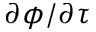
\partial \phi / \partial \tau